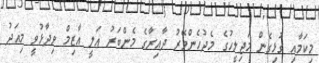
މިކަމާއި ގުޅިގެން މަޖިލީހުގެ މެދުހެންވޭރު ދާއިރާގެ މެންބަރު އަލީ އާޒިމް ވިދާޅުވީ މިއަދު